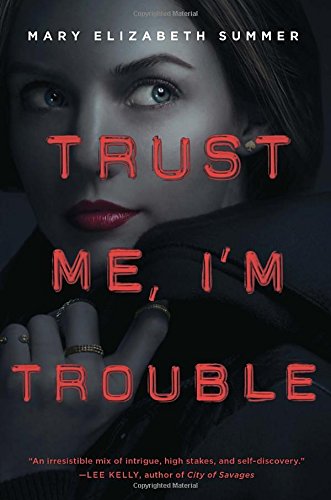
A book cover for Trust Me, I'm Trouble; Mary Elizabeth Summer; Teen & Young Adult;